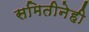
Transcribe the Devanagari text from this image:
समितीनेही